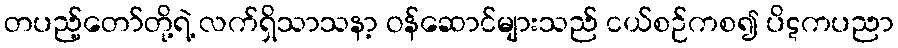
တပည့်တော်တို့ရဲ့ လက်ရှိသာသနာ့ ဝန်ဆောင်များသည် ငယ်စဉ်ကစ၍ ပိဋကပညာ